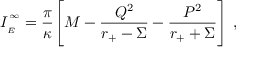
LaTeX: I _ { \phantom { } _ { E } } ^ { \phantom { } ^ { \infty } } = \frac { \pi } { \kappa } \Biggl [ M - \frac { Q ^ { 2 } } { r _ { + } - \Sigma } - \frac { P ^ { 2 } } { r _ { + } + \Sigma } \Biggr ] \ ,